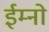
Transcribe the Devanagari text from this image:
ईम्नो